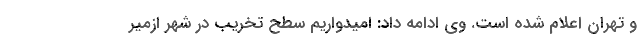
و تهران اعلام شده است. وی ادامه داد: امیدواریم سطح تخریب در شهر ازمیر